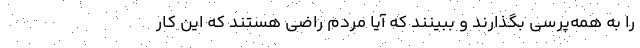
را به همه‌پرسی بگذارند و ببینند که آیا مردم راضی هستند که این کار